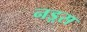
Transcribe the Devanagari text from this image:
नड़्स